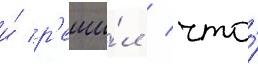
и́ р'еши́л / что́